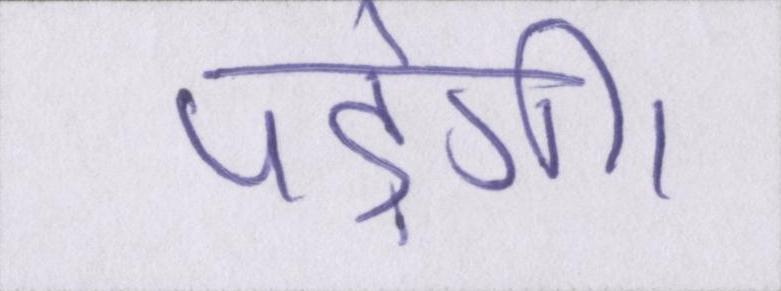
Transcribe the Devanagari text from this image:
पड़ेगी।